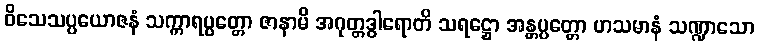
ဝိသေသပ္ပယောဇနံ သက္ကာရပ္ပတ္တော ဇာနာမိ အဂုတ္တဒွါရောတိ သရဋ္ဌော အန္တပ္ပတ္တော ဟသမာနံ သဏ္ဍာသော